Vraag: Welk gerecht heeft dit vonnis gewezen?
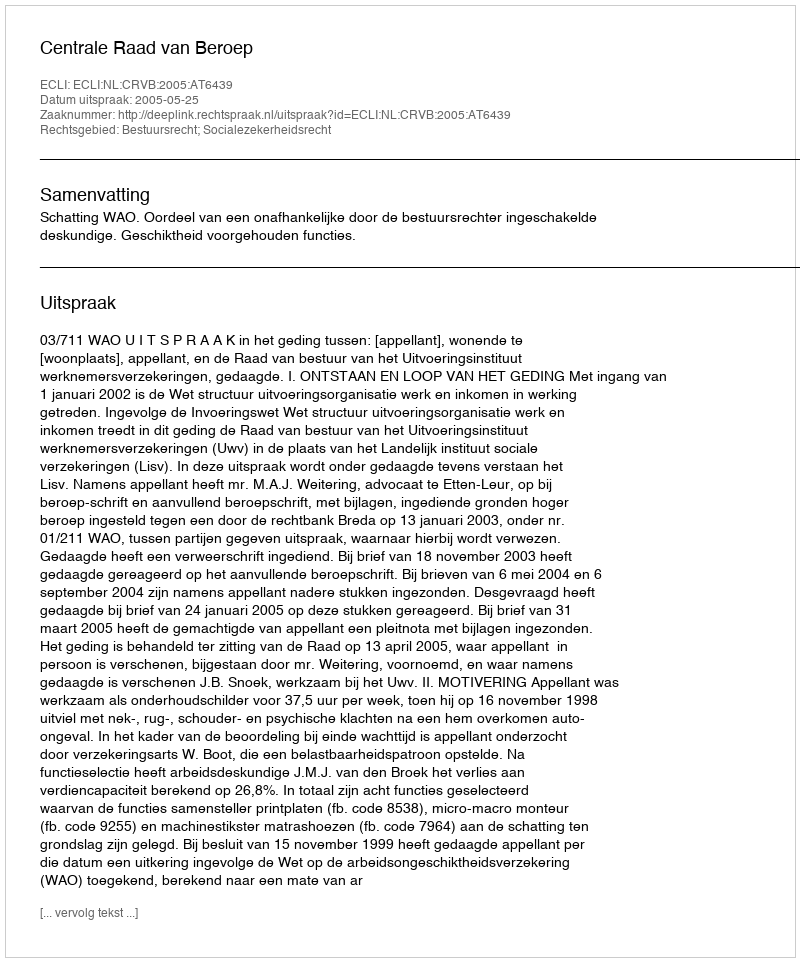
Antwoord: Centrale Raad van Beroep